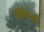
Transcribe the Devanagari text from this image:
पल्मोरनरी